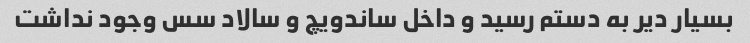
بسیار دیر به دستم رسید و داخل ساندویچ و سالاد سس وجود نداشت